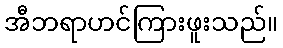
အီဘရာဟင်ကြားဖူးသည်။